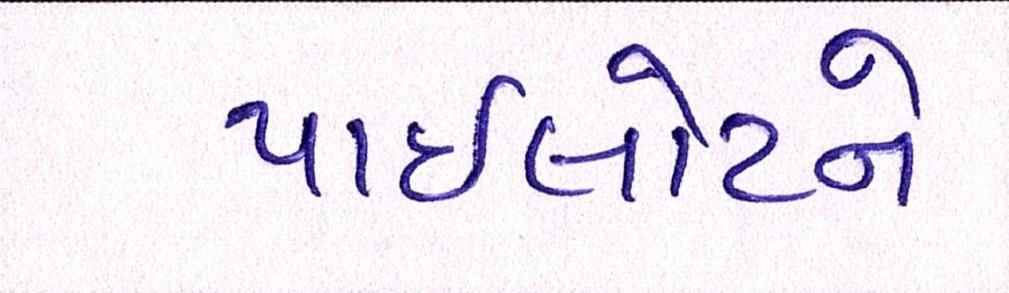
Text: પાઈલોટને